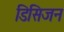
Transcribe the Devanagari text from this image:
डिसिजन